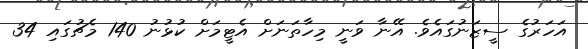
އަހަރުގެ ސީޒަނުގައެވެ. އޭނާ ވަނީ މިހާތަނަށް އެޓީމަށް ކުޅުނު 140 މެޗުގައި 34